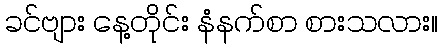
ခင်ဗျား နေ့တိုင်း နံနက်စာ စားသလား။